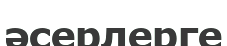
әсерлерге